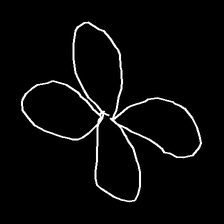
Glyph: billowing